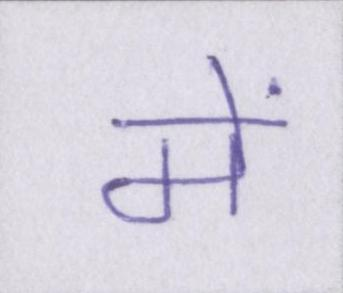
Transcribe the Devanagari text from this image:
में